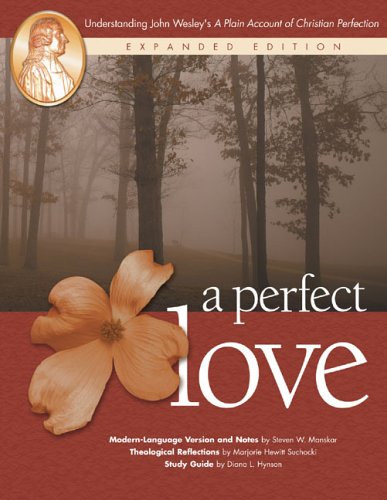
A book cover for A Perfect Love: Understanding John Wesley's ""A Plain Account of Christian Perfection; Steven W. Manskar; Christian Books & Bibles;